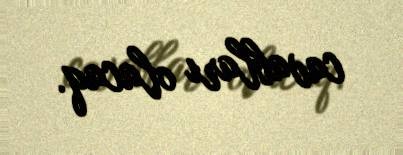
cavabları olacaq.